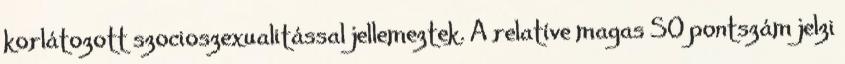
korlátozott szocioszexualitással jellemeztek. A relatíve magas SO pontszám jelzi